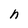
Character: n